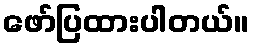
ဖော်ပြထားပါတယ်။